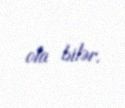
ola bilər.